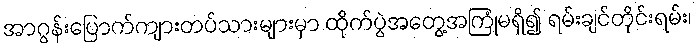
အာဂွန်းပြောက်ကျားတပ်သားများမှာ ထိုက်ပွဲအတွေ့အကြုံမရှိ၍ ရမ်းချင်တိုင်းရမ်း၊